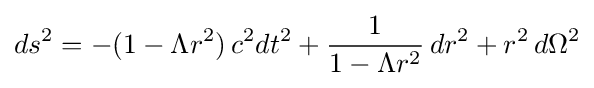
ds^{2}=-(1-\Lambda r^{2})\,c^{2}dt^{2}+{1 \over 1-\Lambda r^{2}}\,dr^{2}+r^{2}\,d\Omega ^{2}